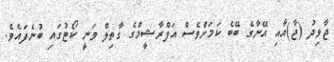
ޖާވިދު (ޖާ)އާއި އޭނާގެ ބޭބެ ކަމަށްވެސް އަފްރާޝީމްގެ ގާތިލް ވަނީ ކޯޓުގައި ބުނެފައެވެ.